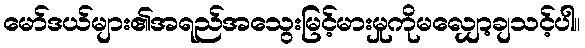
မော်ဒယ်များ၏အရည်အသွေးမြင့်မားမှုကိုမလျှော့ချသင့်ပါ။